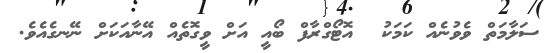
ސަލާމަތް ވެވުނެއް ކަމަކު  އޮޓޯގްރާފް ބޯއީ އަށް ވީގޮތެއް އޭނާއަކަށް ނޭނގެއެވެ.